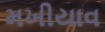
મખીયાવ